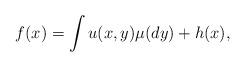
LaTeX: \begin{align*}f(x)=\int u(x,y)\mu(dy)+ h(x),\end{align*}